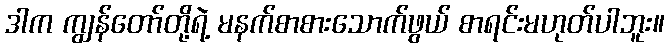
ဒါက ကျွန်တော်တို့ရဲ့ မနက်စာစားသောက်ဖွယ် စာရင်းမဟုတ်ပါဘူး။